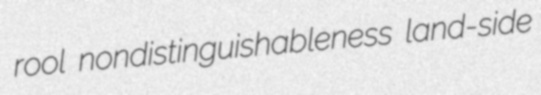
rool nondistinguishableness land-side